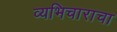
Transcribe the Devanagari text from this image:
व्यभिचाराचा